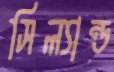
সিল্যান্ড